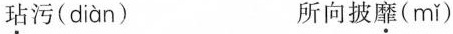
玷污( diàn ) 所向披靡( mǐ )